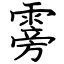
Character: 䨦